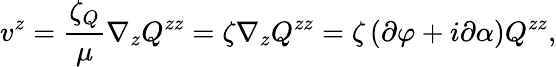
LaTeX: v^{z}=\frac{\zeta_{Q}}{\mu}\nabla_{z}Q^{zz}=\zeta\nabla_{z}Q^{zz}=\zeta\left(\partial\varphi+i\partial\alpha\right)Q^{zz},